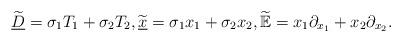
LaTeX: \begin{align*} \widetilde{\underline{D}}=\sigma_1 T_1+\sigma_2 T_2,\widetilde{\underline{x}}=\sigma_1 x_1+\sigma_2 x_2,\widetilde{\mathbb{E}}=x_1 \partial_{x_1}+x_2 \partial_{x_2}.\end{align*}